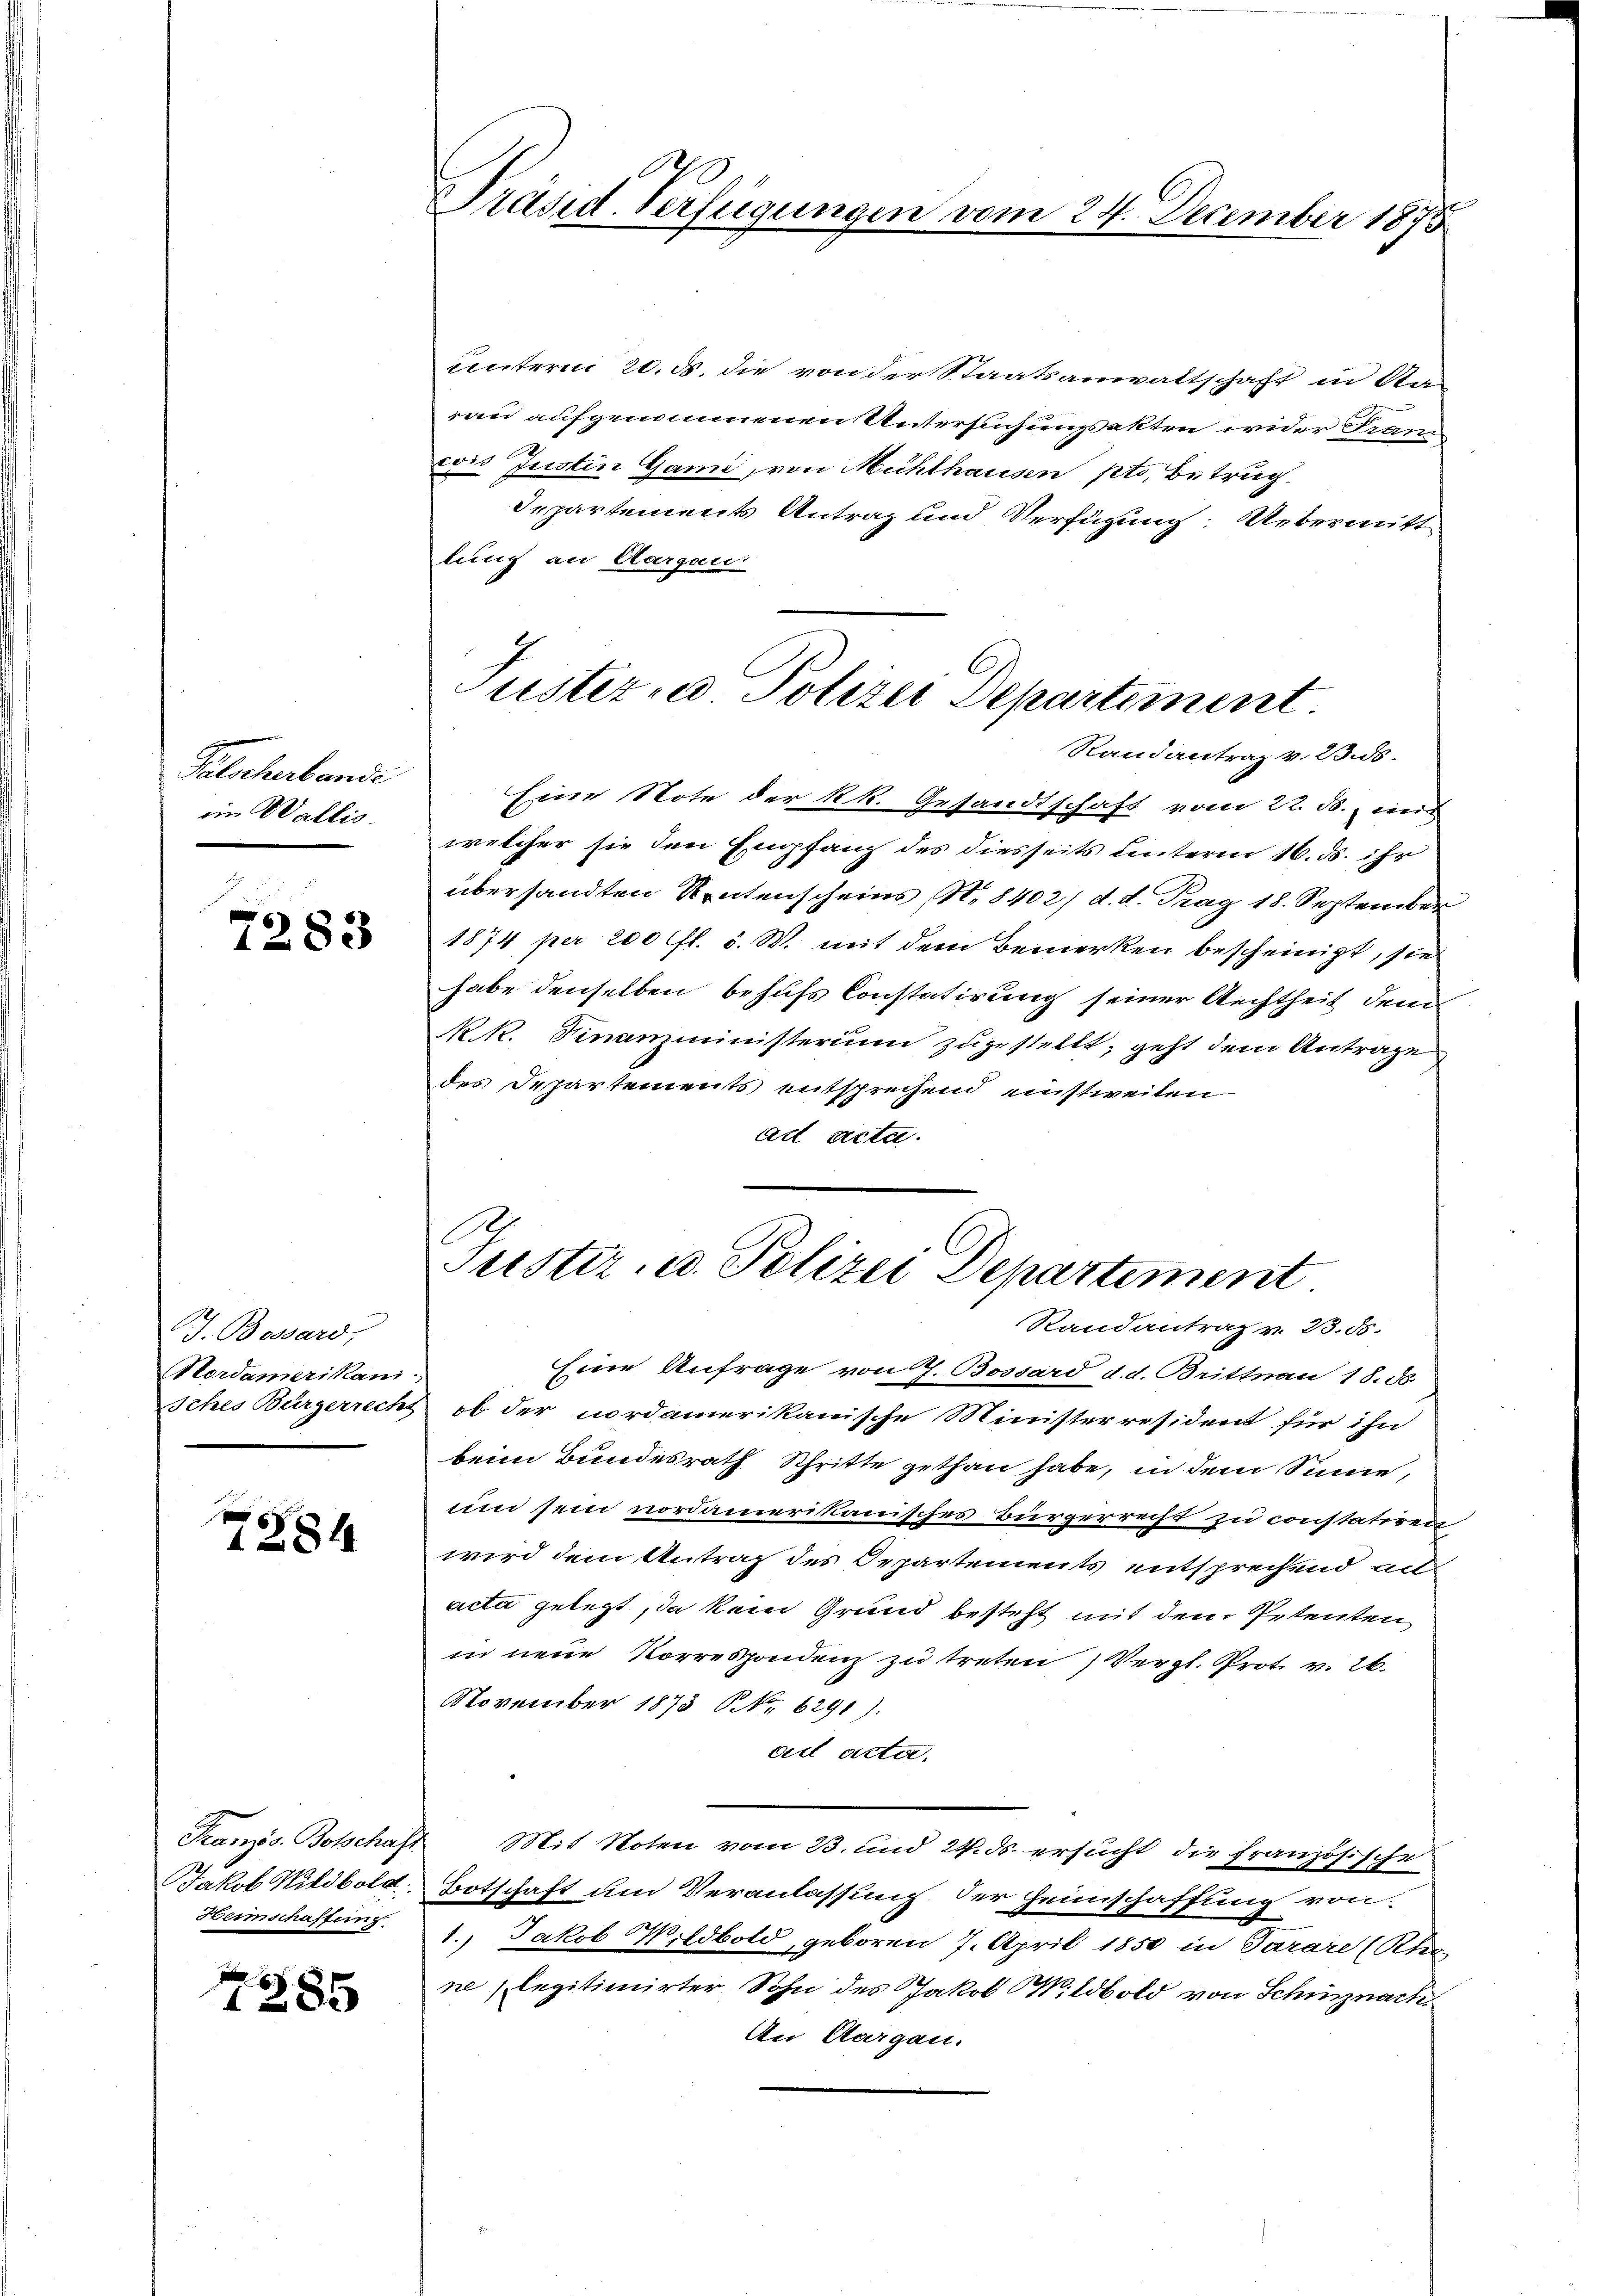
Falscherbande
im Wallis.

7283

J. Bossard,
Merdamerikani-

e
1284

Jakob Wildbold
Heimschaffung

385

Präsid. Verfügungen vom 24. December 1875

unterm 20. d. die von der Staatsanwaltschaft in Ote
rau aufgenommenen Untersuchungsakten wider Frani
cois Justin Gami, von Mühlhausen pto. Betrug.
Departements Antrag und Verfügung: Uebermitt
lung an Aargau

Justiz- u. Polizei Departement.
Randantrag v. 23. ds.

Eine Note der kk. Gesandtschaft vom 22. ds. wen
welcher sie den Empfang des diesseits unterm 16. ds. ihr
übersandten Rentenscheins, N. 8402/ d. d. Trag 18. September
1874 per 200 fl. 5. W. mit dem Bemerken bescheinigt, sie
habe denselben behufs Constatirung seiner Rechtheit dem
R. k. Finanzministerium zugestellt, geht dem Antrage
des Departements entsprechend einstweilen
ad acta.

Tuster- u. Polizei Departement
Randantrag v. 23. 88.

Eine Anfrage von 7. Bossard d. d. Brittnau 18. d.
sches Bürgerrecht, ob der nordamerikanische Ministerresident für ihn
beim Bundesrath Schritte gethan habe, in dem Sinne,
um sein nordamerikanisches Bürgerrecht zu constatiren
wird dem Antrag des Departements entsprechend au
acta gelegt, da kein Grund besteht mit dem Petenten
in neue Norrespondenz zu treten Vergl. Prot. v. 26.
November 1873 NNo. 6291).
ad acta.
Französ. Botschaft Mit Noten vom 23. und 24. ds. ersucht die französische
Botschaft und Veranlassung. Der Heimschaffung von
1.) Jakob Wildbold, geboren 7. April 1850 in Parare (Rher-
ne legitimirter Sohn des Jakob Wildbold von Schinznach
An Aargau.